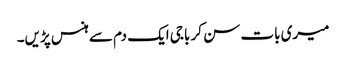
میری بات سن کر باجی ایک دم سے ہنس پڑیں۔